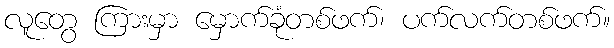
လူတွေ ကြားမှာ မှောက်ခုံတစ်ဖက်၊ ပက်လက်တစ်ဖက်။